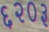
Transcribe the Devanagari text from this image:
६२०३